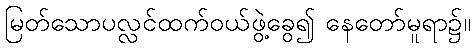
မြတ်သောပလ္လင်ထက်ဝယ်ဖွဲ့ခွေ၍ နေတော်မူရာ၌။